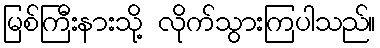
မြစ်ကြီးနားသို့ လိုက်သွားကြပါသည်။